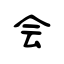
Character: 会